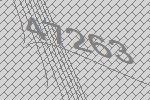
47263